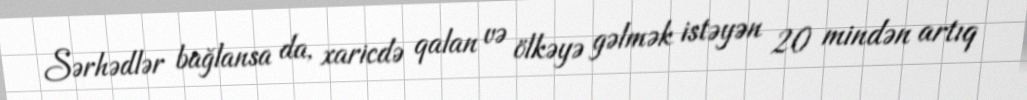
Sərhədlər bağlansa da, xaricdə qalan və ölkəyə gəlmək istəyən 20 mindən artıq